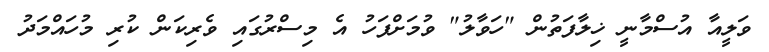
ވަލީއާ އުސްމާނީ ޚިލާފަތުން "ހަވާލު" ވުމަށްފަހު އެ މިސްރުގައި ވެރިކަން ކުރި މުހައްމަދު